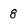
Character: 8